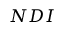
N D I